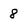
Character: 8